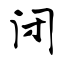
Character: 闭